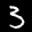
Label: 5